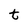
Character: t